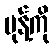
မုန့်ကို